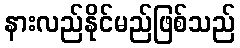
နားလည်နိုင်မည်ဖြစ်သည်